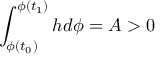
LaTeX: \int _ { \phi ( t _ { 0 } ) } ^ { \phi ( t _ { 1 } ) } h d \phi = { \cal A } > 0